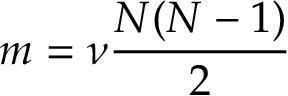
m = \nu \frac { N ( N - 1 ) } { 2 }